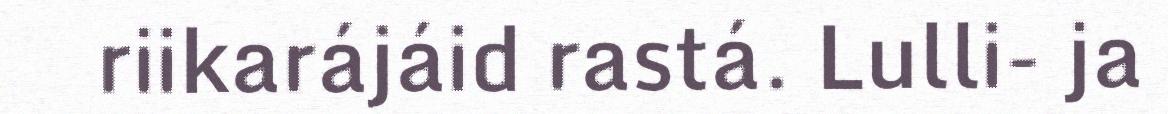
riikarájáid rastá. Lulli- ja